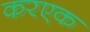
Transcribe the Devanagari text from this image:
करएक